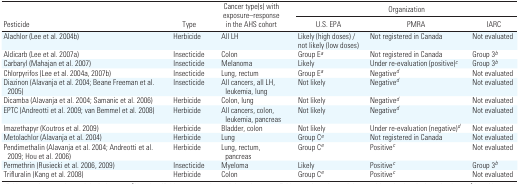
<table><thead><tr><td rowspan="2"><b>Pesticide</b></td><td rowspan="2"><b>Type</b></td><td rowspan="2"><b>Cancer type(s) with exposure–response in the AHS cohort</b></td><td colspan="3"><b>Organization</b></td></tr><tr><td><b>U.S. EPA</b></td><td><b>PMRA</b></td><td><b>IARC</b></td></tr></thead><tbody><tr><td>Alachlor (Lee et al. 2004b)</td><td>Herbicide</td><td>All LH</td><td>Likely (high doses)/not likely (low doses)</td><td>Not registered in Canada</td><td>Not evaluated</td></tr><tr><td>Aldicarb (Lee et al. 2007a)</td><td>Insecticide</td><td>Colon</td><td>Group Ea</td><td>Not registered in Canada</td><td>Group 3b</td></tr><tr><td>Carbaryl (Mahajan et al. 2007)</td><td>Insecticide</td><td>Melanoma</td><td>Likely</td><td>Under re-evaluation (positive)c</td><td>Group 3b</td></tr><tr><td>Chlorpyrifos (Lee et al. 2004a, 2007b)</td><td>Insecticide</td><td>Lung, rectum</td><td>Group Ea</td><td>Negatived</td><td>Not evaluated</td></tr><tr><td>Diazinon (Alavanja et al. 2004; Beane Freeman et al. 2005)</td><td>Insecticide</td><td>All cancers, all LH, leukemia, lung</td><td>Not likely</td><td>Negatived</td><td>Not evaluated</td></tr><tr><td>Dicamba (Alavanja et al. 2004; Samanic et al. 2006)</td><td>Herbicide</td><td>Colon, lung</td><td>Not likely</td><td>Negatived</td><td>Not evaluated</td></tr><tr><td>EPTC (Andreotti et al. 2009; van Bemmel et al. 2008)</td><td>Herbicide</td><td>All cancers, colon, leukemia, pancreas</td><td>Not likely</td><td>Negatived</td><td>Not evaluated</td></tr><tr><td>Imazethapyr (Koutros et al. 2009)</td><td>Herbicide</td><td>Bladder, colon</td><td>Not likely</td><td>Under re-evaluation (negative)d</td><td>Not evaluated</td></tr><tr><td>Metolachlor (Alavanja et al. 2004)</td><td>Herbicide</td><td>Lung</td><td>Group Ce</td><td>Not registered in Canada</td><td>Not evaluated</td></tr><tr><td>Pendimethalin (Alavanja et al. 2004; Andreotti et al. 2009; Hou et al. 2006)</td><td>Herbicide</td><td>Lung, rectum, pancreas</td><td>Group Ce</td><td>Positivec</td><td>Not evaluated</td></tr><tr><td>Permethrin (Rusiecki et al. 2006, 2009)</td><td>Insecticide</td><td>Myeloma</td><td>Likely</td><td>Positivec</td><td>Group 3b</td></tr><tr><td>Trifluralin (Kang et al. 2008)</td><td>Herbicide</td><td>Colon</td><td>Group Ce</td><td>Positivec</td><td>Not evaluated</td></tr></tbody></table>